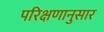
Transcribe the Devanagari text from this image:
परिक्षणानुसार